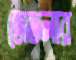
তোতলার